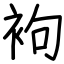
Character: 袧